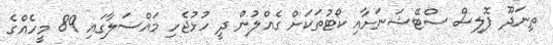
ތިނަދޫ ޕޮލިސް ސްޓޭޝަނަށާއި ކޯޓުތަކަށް ގެއްލުން ދީ ހުޅުޖެހި މަައްސަލާގައި 89 މީހެއްގެ